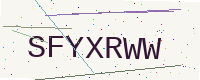
Text: SFYXRWW